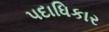
પદાધિકાર